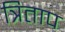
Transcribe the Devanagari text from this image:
त्रिताप